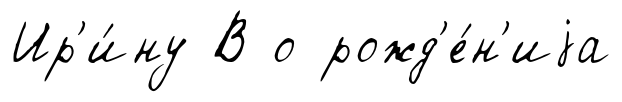
Ир'и́ну В о рожд'е́н'иjа